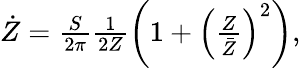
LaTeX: \begin{array}{r}{\dot{Z}=\frac{S}{2\pi}\frac{1}{2Z}\left(1+\left(\frac{Z}{\bar{Z}}\right)^{2}\right),}\end{array}